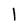
Character: 1